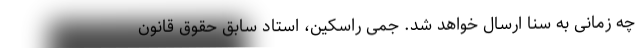
چه زمانی به سنا ارسال خواهد شد. جمی راسکین، استاد سابق حقوق قانون